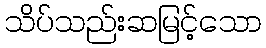
သိပ်သည်းဆမြင့်သော